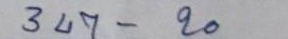
347 - 20